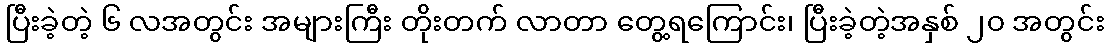
ပြီးခဲ့တဲ့ ၆ လအတွင်း အများကြီး တိုးတက် လာတာ တွေ့ရကြောင်း၊ ပြီးခဲ့တဲ့အနှစ် ၂၀ အတွင်း